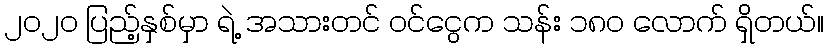
၂၀၂၀ ပြည့်နှစ်မှာ ရဲ့ အသားတင် ဝင်ငွေက သန်း ၁၈၀ လောက် ရှိတယ်။